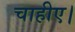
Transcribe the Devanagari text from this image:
चाहीए।